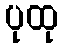
ပုထု